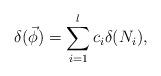
LaTeX: \begin{align*}\delta (\vec{\phi})=\sum_{i=1}^lc_i\delta (N_i), \end{align*}